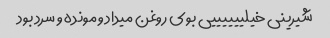
شیرینی خیلییییییی بوی روغن میداد و مونده و سرد بود